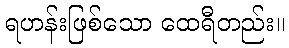
ရဟန်းဖြစ်သော ထေရီတည်း။